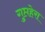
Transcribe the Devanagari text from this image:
गुप्तहेरा